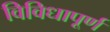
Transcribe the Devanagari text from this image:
विविधापूर्ण